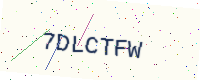
Text: 7DLCTFW